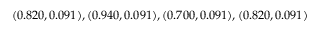
( 0 . 8 2 0 , 0 . 0 9 1 ) , ( 0 . 9 4 0 , 0 . 0 9 1 ) , ( 0 . 7 0 0 , 0 . 0 9 1 ) , ( 0 . 8 2 0 , 0 . 0 9 1 )